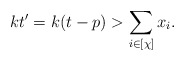
\begin{align*}kt'=k(t-p)>\sum_{i\in [\chi]}x_i.\end{align*}